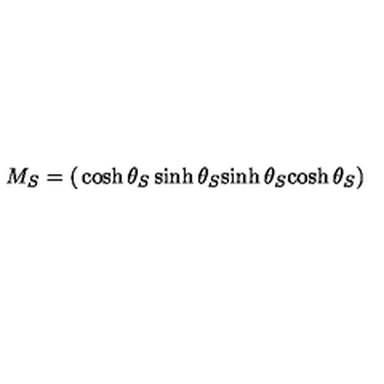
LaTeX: M _ { S } = \left( \begin{matrix} { \cosh \theta _ { S } } & { \sinh \theta _ { S } } \\ { \sinh \theta _ { S } } & { \cosh \theta _ { S } } \\ \end{matrix} \right)